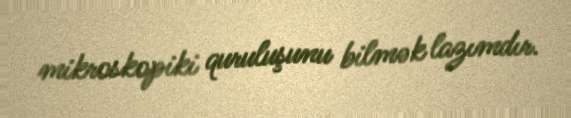
mikroskopiki quruluşunu bilmək lazımdır.